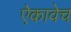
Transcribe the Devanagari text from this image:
ऐकावेच